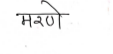
मजकूर: मरणे